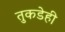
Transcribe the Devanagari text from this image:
तुकडेही